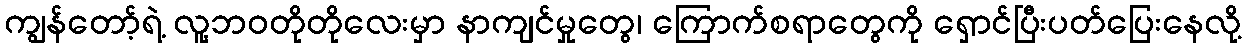
ကျွန်တော့်ရဲ့ လူ့ဘဝတိုတိုလေးမှာ နာကျင်မှုတွေ၊ ကြောက်စရာတွေကို ရှောင်ပြီးပတ်ပြေးနေလို့